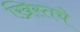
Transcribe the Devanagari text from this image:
ख्रिस्तचे